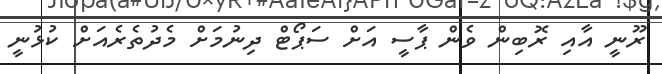
ރޫނީ އާއި ރޮބިން ވެން ޕާސީ އަށް ސަޕޯޓް ދިނުމަށް މެދުތެރެއަށް ކުޅުނީ